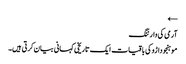
←
آرمی کی وارننگ
موہنجو داڑو کی باقیات ایک تاریخی کہانی بیان کرتی ہیں۔